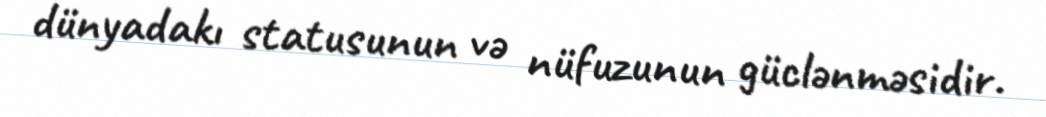
dünyadakı statusunun və nüfuzunun güclənməsidir.